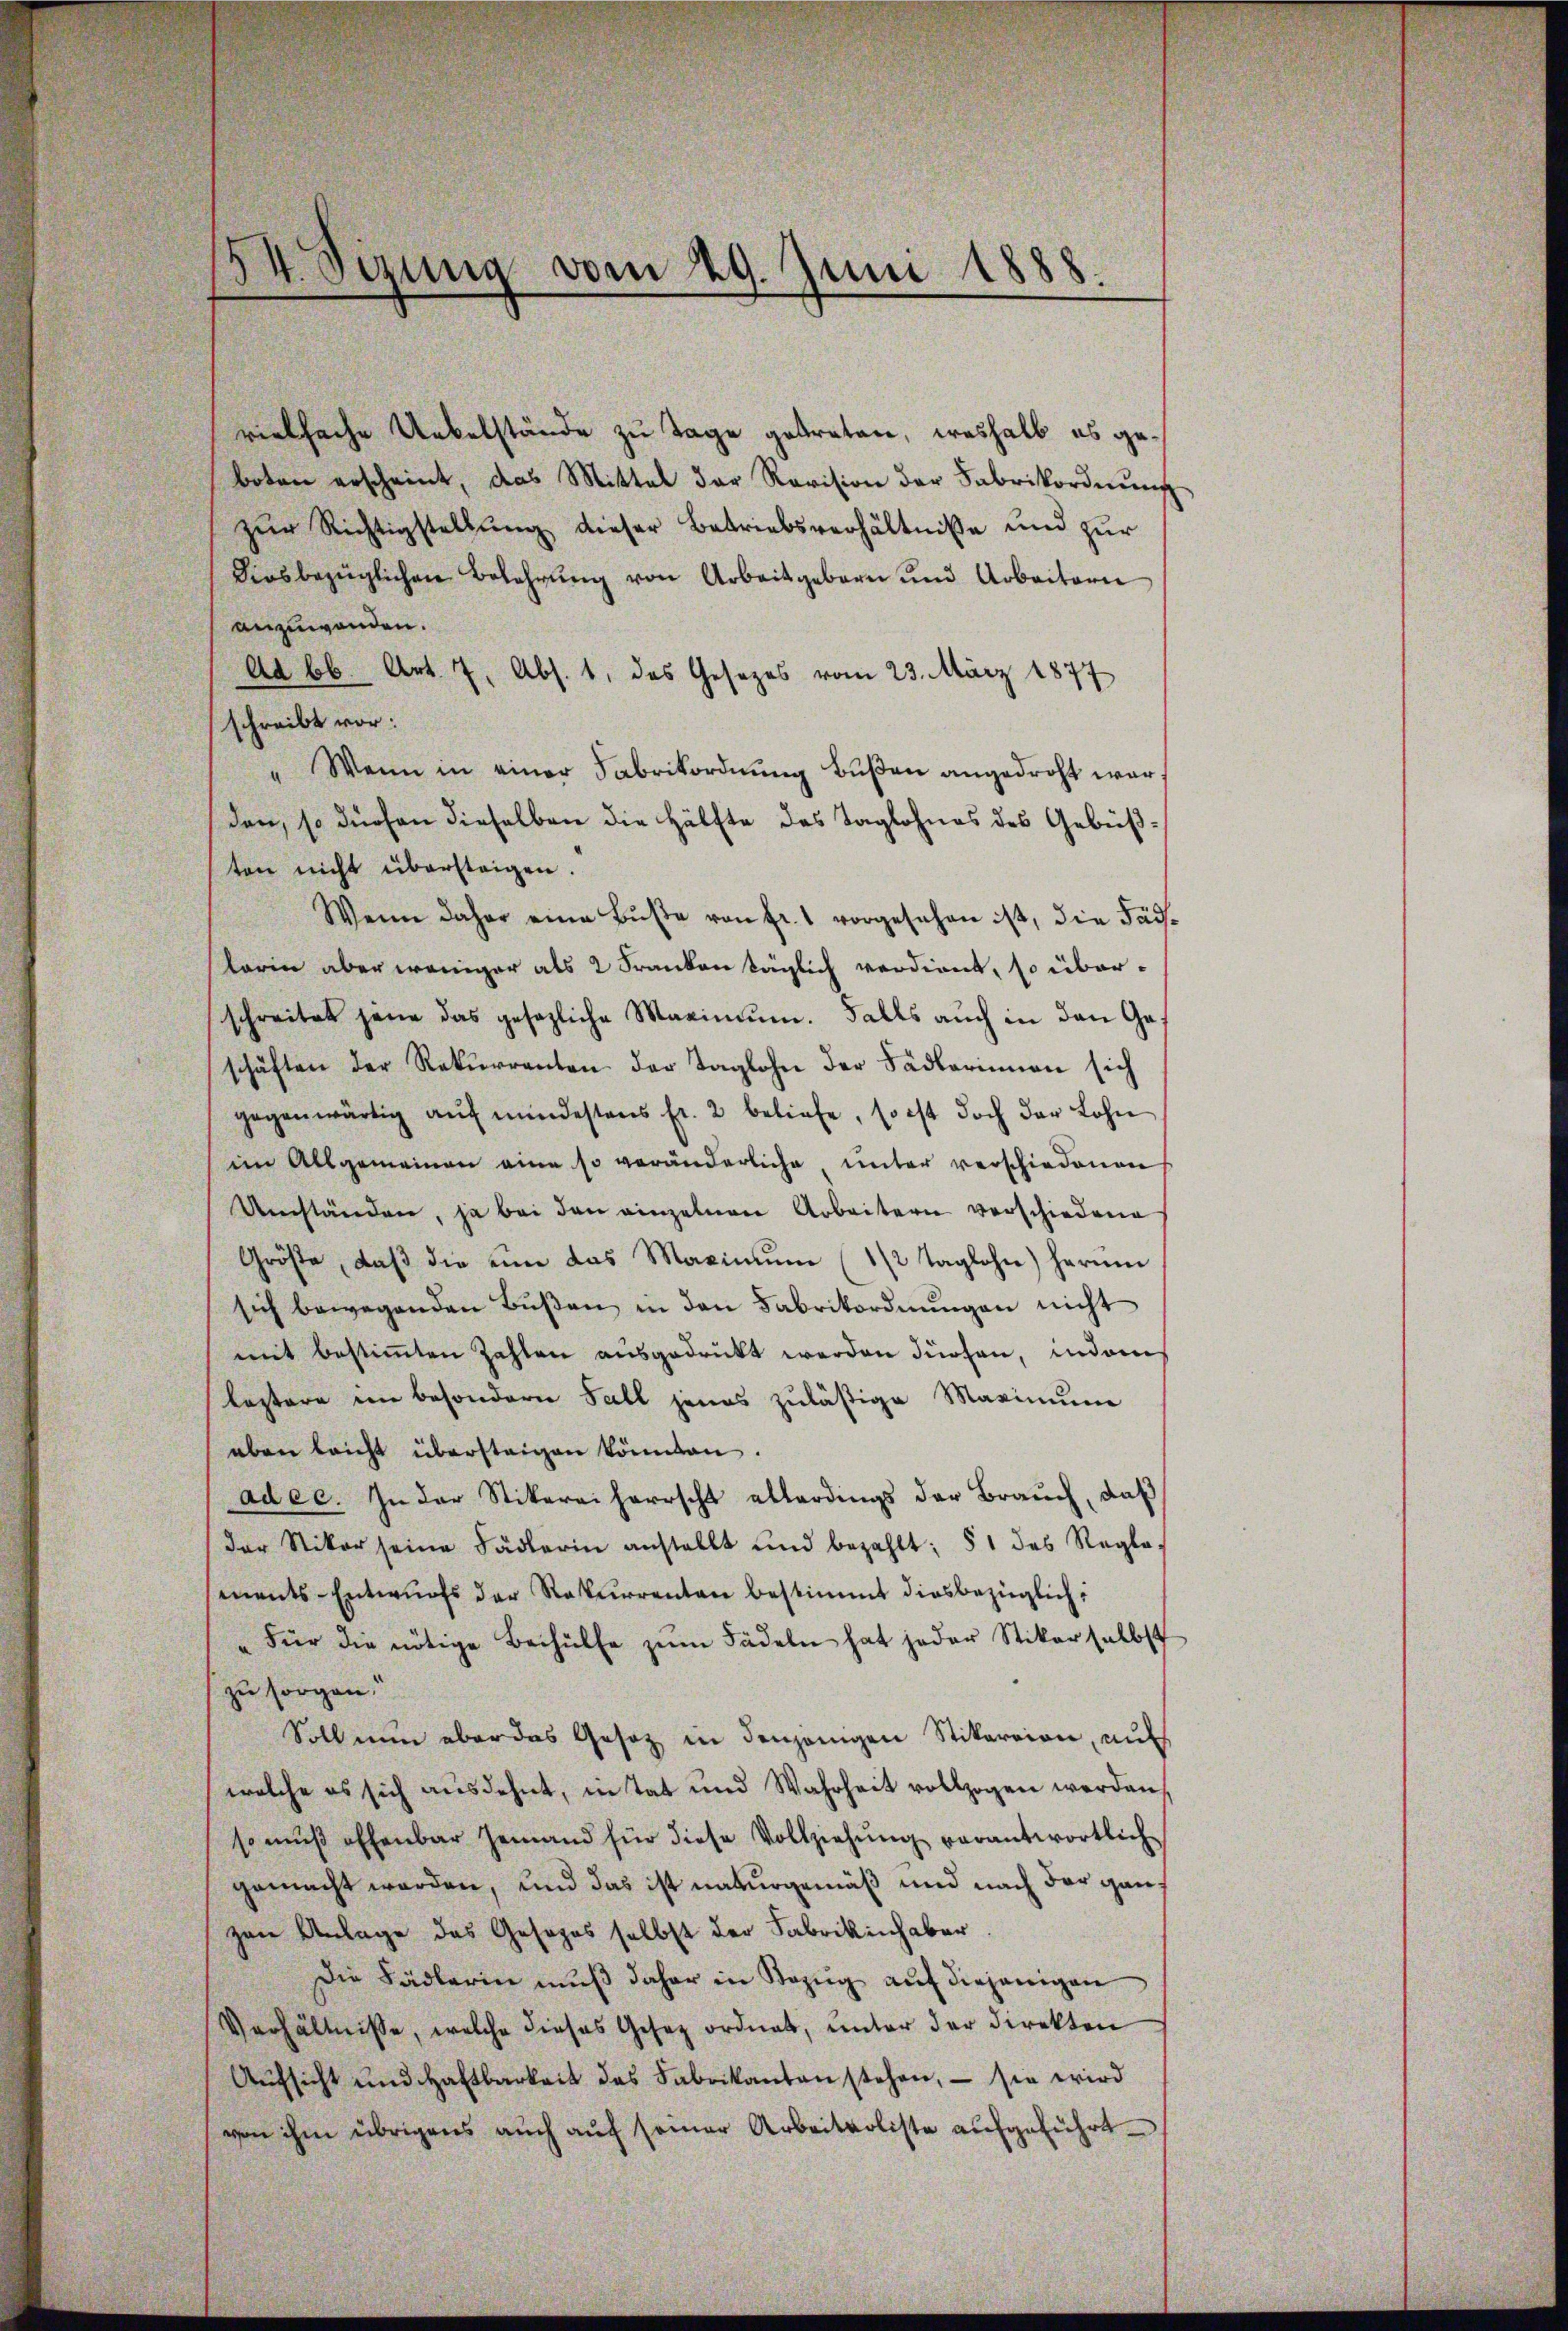
vielfache Uebelstände zu Tage getreten, weshalb es geboten erscheint, das Mittel der Revision der Fabrikordnung
zŭr Richtigstellŭng dieser Betriebsverhältniße und zur
diesbezüglichen Belehrŭng von Arbeitgeboren und Arbeitern
anzuwenden.
Ad bb. Art. 7, Abs. 1, das Gesezes vom 23. März 1877
schreibt vor:
" Wenn in einer Fabrikordnung büßen angedroht war,
den, so dürfen dieselben die Hälfte des Taglohnes des Gebüßten nicht übersteigen.
Wenn daher eine Bŭβe von fr. 1 vorgesehen ist, die Fäd-
larin aber weniger als 2 Franken täglich verdient, so überschreitet jene das gesezliche Maximum. Falls auch in den Gaschäften der Rekurrenten der Taglohn der Fädlerinnen sich
gegenwärtig aŭf mindestens fr. 2 beliefe, so ist doch der Lohn
im Allgemeinen eine so veränderliche unter verschiedenen
Umständen, ja bei den einzelnen Arbeitern verschiedene
Größe, daβ die eine das Maximum (1/2 Taglohn) herum
sich bewegenden Bŭβen in den Fabrikordnŭngen nicht
mit bestimmten Zahlen ausgedruckt werden dürfen, indem
leztere im besondern Fall jenes zuläßige Maximum
eben leicht übersteigen könnten.
adec. In der Stikereiherrscht allerdings der Brauch, daß
der Stiker seine Fädlerin anstellt und bezahlt: § 1 des Regle-
ments-Entwŭrfs der Rekurrenten bestimmt diesbezüglich:
"Für die nötige Beihülfe zum Fädeln hat jeder Stiker selbst
zu sorgen.
Soll nun aber das Gesetz in denjenigen Stikareien, auf
welche es sich ausdehnt, in Tat und Wahrheit vollzogen werden.
so mŭβ offenbar jemand für diese Vollziehŭng verantwortlich
gemacht worden, und das ist naturgemäß und nach der ganz
zen Anlage das Gesezes selbst der Fabrikinhaber
Die Fädlerin mŭβ daher in Bezŭg aŭf diejenigen
Verhältnisse, welche dieses Gesez ordnet, unter der Direkten
Aŭfsicht und Haftbarkeit des Fabrikanton stehen, – sie wird
von ihm übrigens auch auf seiner Arbeitsoliste aufgeführt.

54. Sizung vom 29. Juni 1888.